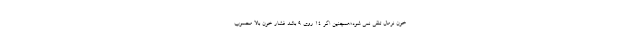
خون نرمال تلقی نمی شود؛همچنین اگر 14 روی 9 باشد فشار خون بالا محسوب